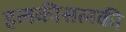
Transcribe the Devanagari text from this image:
हलकीसलकी